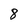
Character: 8